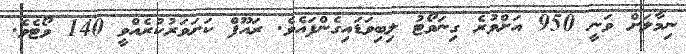
ނިމާލަށް ވަނީ 950 އަށްވުރެ ގިނަވޯޓު ލިބިވަޑައިގެންފައެވެ. ރައޫފް ކަށަވަރުކުރެއްވީ 140 ވޯޓެވެ.